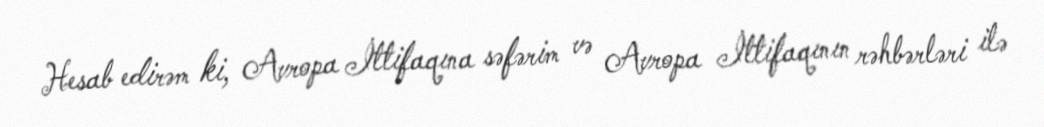
Hesab edirəm ki, Avropa İttifaqına səfərim və Avropa İttifaqının rəhbərləri ilə